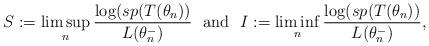
LaTeX: \begin{align*}S:=\limsup_{n}\frac{\log (sp(T(\theta _{n}))}{L(\theta _{n}^{-})}\ \ \mathrm{and}\ \ I:=\liminf_{n}\frac{\log (sp(T(\theta _{n}))}{L(\theta _{n}^{-})},\end{align*}